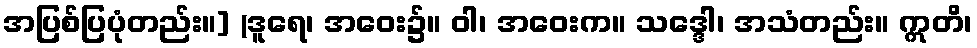
အပြစ်ပြပုံတည်း။] (ဒူရေ၊ အဝေး၌။ ဝါ၊ အဝေးက။ သဒ္ဒေါ၊ အသံတည်း။ ဣတိ၊